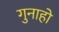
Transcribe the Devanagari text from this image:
गुनाहो